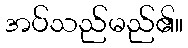
အပ်သည်မည်၏။